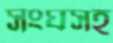
সংঘসহ